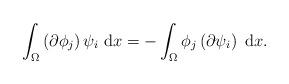
LaTeX: \begin{align*}\int_{\Omega}\left(\partial\phi_{j}\right)\psi_{i}\ \mathrm{d}x=-\int_{\Omega}\phi_{j}\left(\partial\psi_{i}\right)\ \mathrm{d}x.\end{align*}